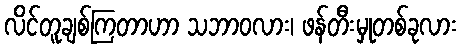
လိင်တူချစ်ကြတာဟာ သဘာဝလား၊ ဖန်တီးမှုတစ်ခုလား